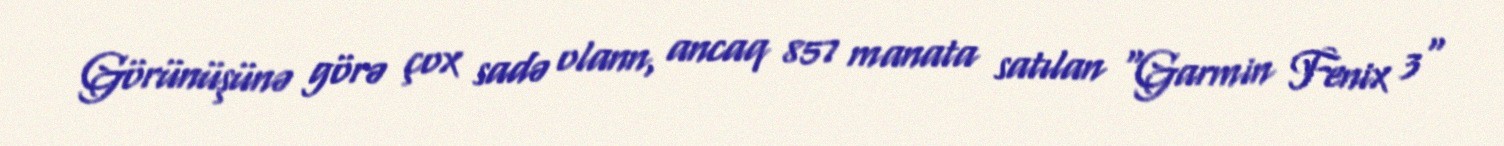
Görünüşünə görə çox sadə olann, ancaq 857 manata satılan “Garmin Fenix 3"